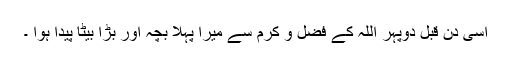
اسی دن قبل دوپہر اللہ کے فضل و کرم سے ميرا پہلا بچہ اور بڑا بيٹا پيدا ہوا ۔